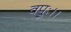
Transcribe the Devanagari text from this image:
वपुः।।